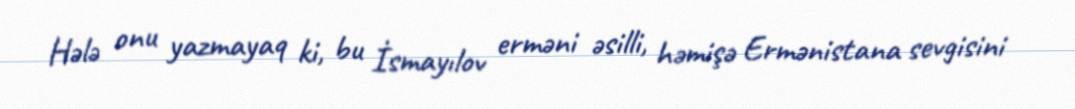
Hələ onu yazmayaq ki, bu İsmayılov erməni əsilli, həmişə Ermənistana sevgisini